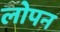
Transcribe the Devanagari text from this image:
लोपन